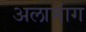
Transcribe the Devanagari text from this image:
अलामांग